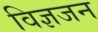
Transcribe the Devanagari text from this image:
विज्ञजन